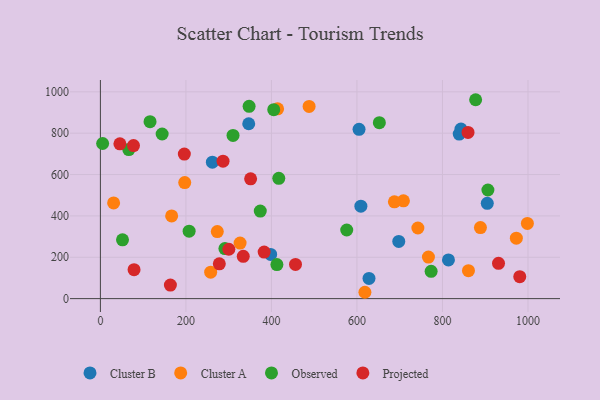
{"axis": {"x": "Engine Size", "y": "Fuel Efficiency"}, "legend": ["Cluster A", "Cluster B", "Observed", "Projected"], "data": [{"x": "398.2", "y": 213.6, "type": "Cluster B"}, {"x": "609.2", "y": 447.2, "type": "Cluster B"}, {"x": "346.9", "y": 845.6, "type": "Cluster B"}, {"x": "261.9", "y": 659.7, "type": "Cluster B"}, {"x": "604.9", "y": 818.8, "type": "Cluster B"}, {"x": "814.0", "y": 187.0, "type": "Cluster B"}, {"x": "628.2", "y": 97.8, "type": "Cluster B"}, {"x": "839.2", "y": 795.5, "type": "Cluster B"}, {"x": "843.3", "y": 819.9, "type": "Cluster B"}, {"x": "697.8", "y": 276.4, "type": "Cluster B"}, {"x": "904.8", "y": 460.8, "type": "Cluster B"}, {"x": "708.7", "y": 473.0, "type": "Cluster A"}, {"x": "488.1", "y": 929.2, "type": "Cluster A"}, {"x": "273.4", "y": 324.1, "type": "Cluster A"}, {"x": "998.6", "y": 363.6, "type": "Cluster A"}, {"x": "257.9", "y": 127.7, "type": "Cluster A"}, {"x": "166.6", "y": 399.8, "type": "Cluster A"}, {"x": "767.2", "y": 201.1, "type": "Cluster A"}, {"x": "30.9", "y": 462.7, "type": "Cluster A"}, {"x": "888.8", "y": 343.6, "type": "Cluster A"}, {"x": "197.2", "y": 561.1, "type": "Cluster A"}, {"x": "972.8", "y": 292.1, "type": "Cluster A"}, {"x": "326.7", "y": 268.6, "type": "Cluster A"}, {"x": "687.6", "y": 468.0, "type": "Cluster A"}, {"x": "742.5", "y": 341.5, "type": "Cluster A"}, {"x": "618.6", "y": 30.7, "type": "Cluster A"}, {"x": "414.4", "y": 917.8, "type": "Cluster A"}, {"x": "860.8", "y": 135.3, "type": "Cluster A"}, {"x": "291.2", "y": 242.2, "type": "Observed"}, {"x": "116.1", "y": 855.5, "type": "Observed"}, {"x": "373.9", "y": 423.3, "type": "Observed"}, {"x": "51.7", "y": 284.2, "type": "Observed"}, {"x": "877.6", "y": 961.8, "type": "Observed"}, {"x": "66.4", "y": 720.8, "type": "Observed"}, {"x": "310.2", "y": 789.4, "type": "Observed"}, {"x": "773.5", "y": 132.2, "type": "Observed"}, {"x": "906.3", "y": 525.3, "type": "Observed"}, {"x": "412.8", "y": 164.7, "type": "Observed"}, {"x": "576.1", "y": 331.8, "type": "Observed"}, {"x": "417.2", "y": 581.8, "type": "Observed"}, {"x": "207.5", "y": 326.1, "type": "Observed"}, {"x": "652.4", "y": 850.8, "type": "Observed"}, {"x": "405.4", "y": 913.6, "type": "Observed"}, {"x": "144.4", "y": 796.1, "type": "Observed"}, {"x": "5.2", "y": 750.2, "type": "Observed"}, {"x": "347.8", "y": 930.1, "type": "Observed"}, {"x": "77.4", "y": 740.0, "type": "Projected"}, {"x": "300.4", "y": 238.7, "type": "Projected"}, {"x": "196.3", "y": 699.0, "type": "Projected"}, {"x": "456.3", "y": 165.4, "type": "Projected"}, {"x": "980.8", "y": 106.2, "type": "Projected"}, {"x": "286.8", "y": 664.7, "type": "Projected"}, {"x": "78.7", "y": 140.2, "type": "Projected"}, {"x": "351.3", "y": 579.5, "type": "Projected"}, {"x": "278.1", "y": 168.1, "type": "Projected"}, {"x": "334.1", "y": 204.4, "type": "Projected"}, {"x": "45.6", "y": 748.6, "type": "Projected"}, {"x": "859.8", "y": 803.5, "type": "Projected"}, {"x": "163.7", "y": 65.7, "type": "Projected"}, {"x": "931.1", "y": 170.7, "type": "Projected"}, {"x": "383.0", "y": 225.1, "type": "Projected"}]}